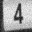
Digit: 4